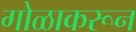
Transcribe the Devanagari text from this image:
गोळाकरून